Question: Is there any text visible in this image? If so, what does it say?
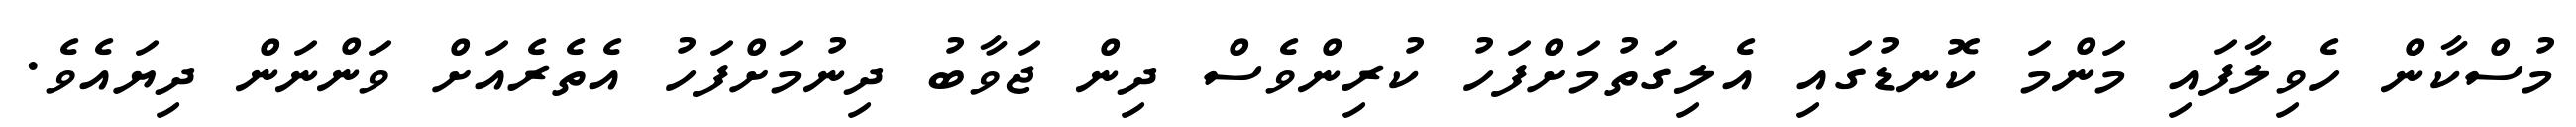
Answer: މުސްކާން ހެވިލާފައި މަންމަ ކޮނޑުގައި އެލިގަތުމަށްފަހު ކުރިންވެސް ދިން ޖަވާބު ދިނުމަށްފަހު އެތެރެއަށް ވަންނަން ދިޔައެވެ.